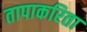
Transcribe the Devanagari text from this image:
तापाकरिता